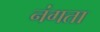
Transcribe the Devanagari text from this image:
नंगता